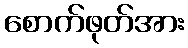
စောက်ဖုတ်အား